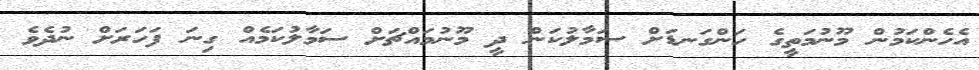
އެހެންކަމުން މޫނުމަތީގެ ހަންގަނޑަށް ސަމާލުކަން ދީ މޫނުމައްޗަށް ސަމާލުކަމެއް ގިނަ ފަހަރަށް ނުދެވެ